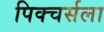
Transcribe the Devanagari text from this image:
पिक्चर्सला